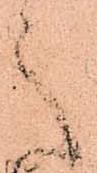
之